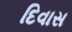
દિવાસ